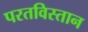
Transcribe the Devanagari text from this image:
परतविस्तान